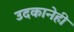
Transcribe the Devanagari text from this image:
उदकानेही